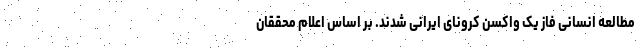
مطالعه انسانی فاز یک واکسن کرونای ایرانی شدند. بر اساس اعلام محققان